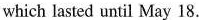
which lasted until May 18.